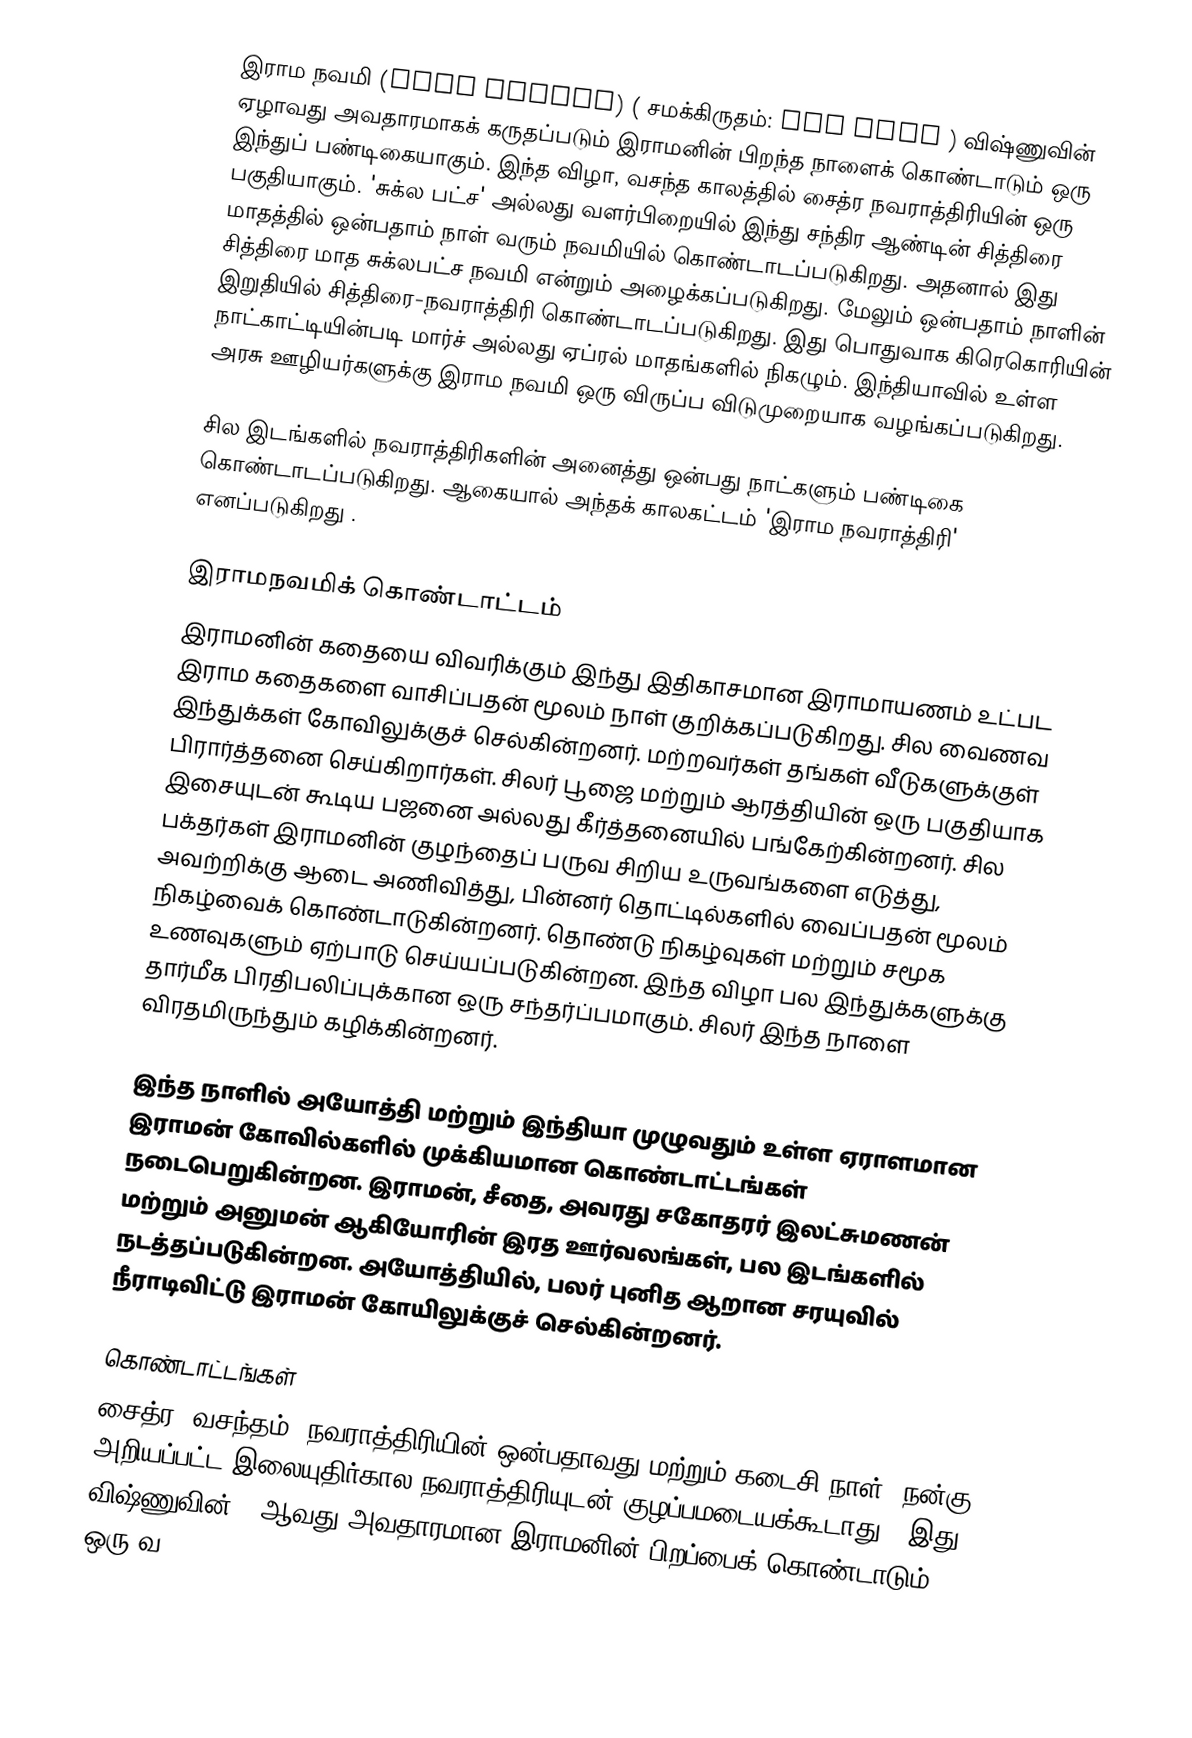
இராம நவமி (Rama Navami) ( சமக்கிருதம்: राम नवमी ) விஷ்ணுவின் ஏழாவது அவதாரமாகக் கருதப்படும் இராமனின் பிறந்த நாளைக் கொண்டாடும் ஒரு இந்துப் பண்டிகையாகும். இந்த விழா, வசந்த காலத்தில் சைத்ர நவராத்திரியின் ஒரு பகுதியாகும். 'சுக்ல பட்ச' அல்லது வளர்பிறையில் இந்து சந்திர ஆண்டின் சித்திரை மாதத்தில் ஒன்பதாம் நாள் வரும் நவமியில் கொண்டாடப்படுகிறது. அதனால் இது சித்திரை மாத சுக்லபட்ச நவமி என்றும் அழைக்கப்படுகிறது. மேலும் ஒன்பதாம் நாளின் இறுதியில் சித்திரை-நவராத்திரி கொண்டாடப்படுகிறது. இது பொதுவாக கிரெகொரியின் நாட்காட்டியின்படி மார்ச் அல்லது ஏப்ரல் மாதங்களில் நிகழும். இந்தியாவில் உள்ள அரசு ஊழியர்களுக்கு இராம நவமி ஒரு விருப்ப விடுமுறையாக வழங்கப்படுகிறது.

சில இடங்களில் நவராத்திரிகளின் அனைத்து ஒன்பது நாட்களும் பண்டிகை கொண்டாடப்படுகிறது. ஆகையால் அந்தக் காலகட்டம் 'இராம நவராத்திரி' எனப்படுகிறது .

இராமநவமிக் கொண்டாட்டம்
இராமனின் கதையை விவரிக்கும் இந்து இதிகாசமான இராமாயணம் உட்பட இராம கதைகளை வாசிப்பதன் மூலம் நாள் குறிக்கப்படுகிறது. சில வைணவ இந்துக்கள் கோவிலுக்குச் செல்கின்றனர். மற்றவர்கள் தங்கள் வீடுகளுக்குள் பிரார்த்தனை செய்கிறார்கள். சிலர் பூஜை மற்றும் ஆரத்தியின் ஒரு பகுதியாக இசையுடன் கூடிய பஜனை அல்லது கீர்த்தனையில் பங்கேற்கின்றனர். சில பக்தர்கள் இராமனின் குழந்தைப் பருவ சிறிய உருவங்களை எடுத்து, அவற்றிக்கு ஆடை அணிவித்து, பின்னர் தொட்டில்களில் வைப்பதன் மூலம் நிகழ்வைக் கொண்டாடுகின்றனர். தொண்டு நிகழ்வுகள் மற்றும் சமூக உணவுகளும் ஏற்பாடு செய்யப்படுகின்றன. இந்த விழா பல இந்துக்களுக்கு தார்மீக பிரதிபலிப்புக்கான ஒரு சந்தர்ப்பமாகும். சிலர் இந்த நாளை விரதமிருந்தும் கழிக்கின்றனர்.

இந்த நாளில் அயோத்தி மற்றும் இந்தியா முழுவதும் உள்ள ஏராளமான இராமன் கோவில்களில் முக்கியமான கொண்டாட்டங்கள் நடைபெறுகின்றன. இராமன், சீதை, அவரது சகோதரர் இலட்சுமணன் மற்றும் அனுமன் ஆகியோரின் இரத ஊர்வலங்கள், பல இடங்களில் நடத்தப்படுகின்றன. அயோத்தியில், பலர் புனித ஆறான சரயுவில் நீராடிவிட்டு இராமன் கோயிலுக்குச் செல்கின்றனர்.

கொண்டாட்டங்கள்
சைத்ர (வசந்தம்) நவராத்திரியின் ஒன்பதாவது மற்றும் கடைசி நாள் (நன்கு அறியப்பட்ட இலையுதிர்கால நவராத்திரியுடன் குழப்பமடையக்கூடாது). இது விஷ்ணுவின் 7 ஆவது அவதாரமான இராமனின் பிறப்பைக் கொண்டாடும் ஒரு வ